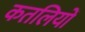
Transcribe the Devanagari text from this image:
कतलियों